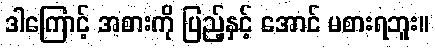
ဒါကြောင့် အစားကို ပြည့်နှင့် အောင် မစားရဘူး။